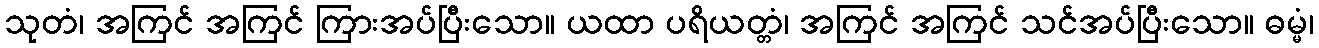
သုတံ၊ အကြင် အကြင် ကြားအပ်ပြီးသော။ ယထာ ပရိယတ္တံ၊ အကြင် အကြင် သင်အပ်ပြီးသော။ ဓမ္မံ၊